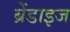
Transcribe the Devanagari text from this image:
ब्रेंडाइज